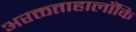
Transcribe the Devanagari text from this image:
अरक्तताहालाँकि